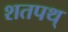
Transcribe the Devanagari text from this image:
शतपथ्